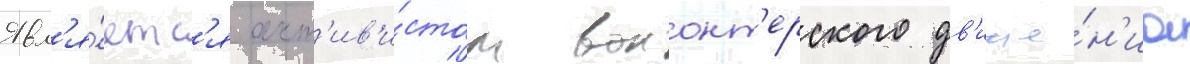
Явл'я́етс'я акт'ив'и́стом волонт'ерского дв'иже́н'иа